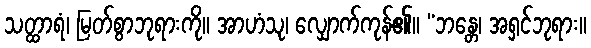
သတ္ထာရံ၊ မြတ်စွာဘုရားကို။ အာဟံသု၊ လျှောက်ကုန်၏။ “ဘန္တေ၊ အရှင်ဘုရား။